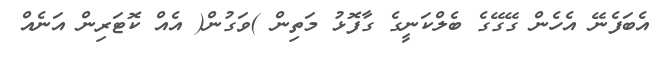
އެބަފެނޭ އެހެން ގޭގޭގެ ބެލްކަނީގެ ގާފޮޅު މަތިން )ވަގުން( އެއް ކޮޓަރިން އަނެއް